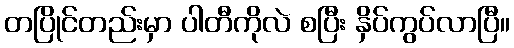
တပြိုင်တည်းမှာ ပါတီကိုလဲ စပြီး နှိပ်ကွပ်လာပြီ။